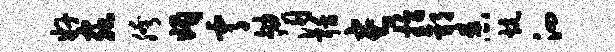
奸虫胯媚霄劬汨聒长拾郭舂炕泗